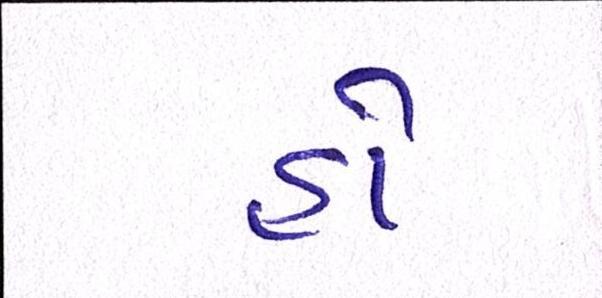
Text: હો